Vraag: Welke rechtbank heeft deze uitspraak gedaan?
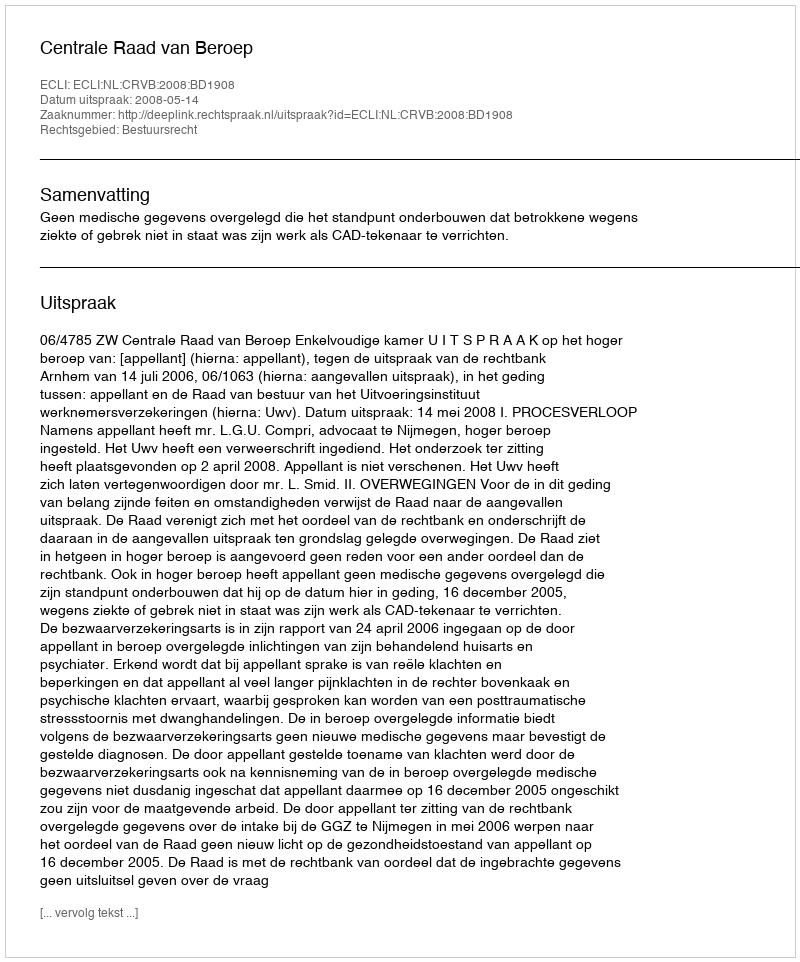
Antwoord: Centrale Raad van Beroep